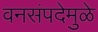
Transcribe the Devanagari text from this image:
वनसंपदेमुळे